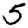
Digit: 5